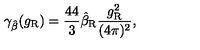
\gamma _ { \hat { \beta } } ( g _ { \mathrm { R } } ) = \frac { 4 4 } 3 \hat { \beta } _ { \mathrm { R } } \frac { g _ { \mathrm { R } } ^ { 2 } } { ( 4 \pi ) ^ { 2 } } ,